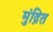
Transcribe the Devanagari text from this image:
मुंद्रित